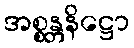
အစ္စန္တနိဋ္ဌော